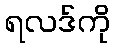
ရလဒ်ကို